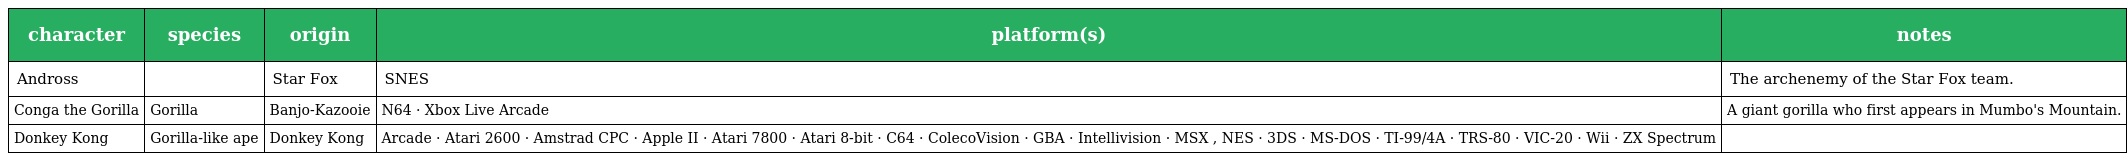
| character | species | origin | platform(s) | notes |
 | --- | --- | --- | --- | --- |
 | Andross |  | Star Fox | SNES | The archenemy of the Star Fox team. |
 | Conga the Gorilla | Gorilla | Banjo-Kazooie | N64 · Xbox Live Arcade | A giant gorilla who first appears in Mumbo's Mountain. |
 | Donkey Kong | Gorilla-like ape | Donkey Kong | Arcade · Atari 2600 · Amstrad CPC · Apple II · Atari 7800 · Atari 8-bit · C64 · ColecoVision · GBA · Intellivision · MSX , NES · 3DS · MS-DOS · TI-99/4A · TRS-80 · VIC-20 · Wii · ZX Spectrum |  |